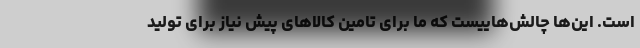
است. این‌ها چالش‌هاییست که ما برای تامین کالاهای پیش نیاز برای تولید